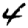
Digit: 4